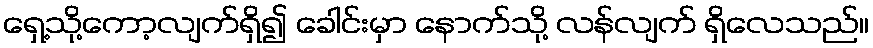
ရှေ့သို့ကော့လျက်ရှိ၍ ခေါင်းမှာ နောက်သို့ လန်လျက် ရှိလေသည်။